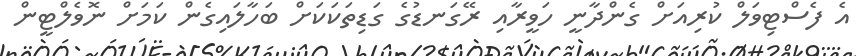
އެ ފެސްޓިވަލް ކުރިއަށް ގެންދާނީ ހަވީރާއި ރޭގަނޑުގެ ގަޑިތަކަކަށް ބަހާލައިގެން ކަމަށް ނޮވެލްޓީން